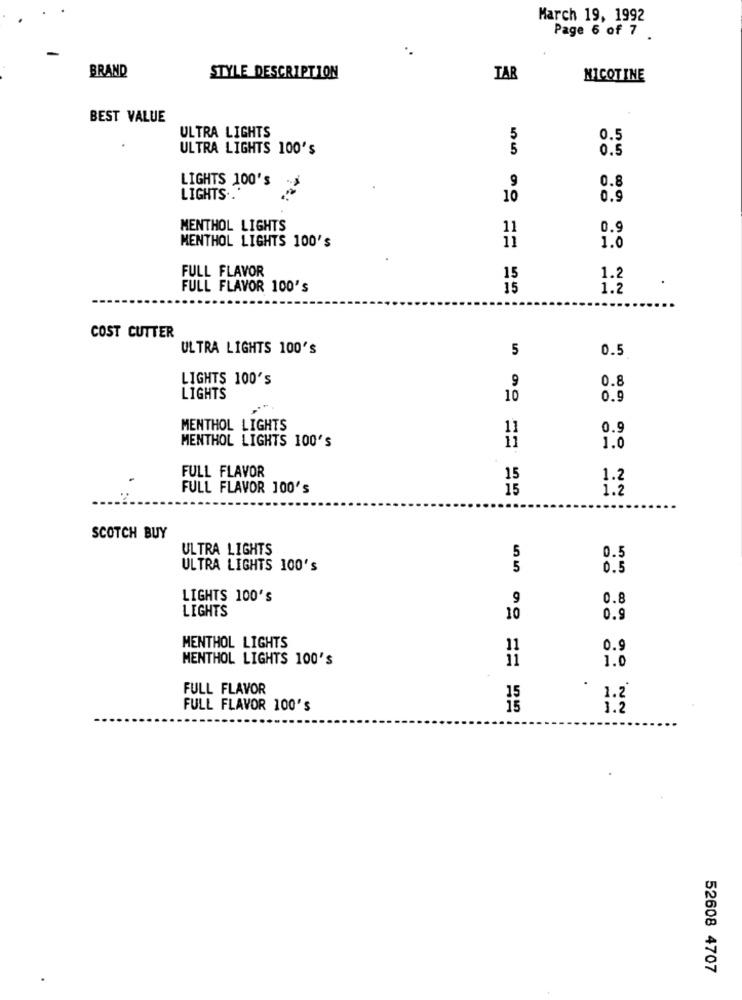
March 19, 1992
Page 6 of 7 .
BRAND
STYLE DESCRIPTION
TAR
NICOTINE
BEST VALUE
ULTRA LIGHTS
5
0.5
ULTRA LIGHTS 100's
5
0.5
LIGHTS 100's
9
0.8
LIGHTS ..
10
0.9
MENTHOL LIGHTS
11
0.9
MENTHOL LIGHTS 100's
11
1.0
FULL FLAVOR
15
1.2
.
FULL FLAVOR 100's
15
1.2
COST CUTTER
ULTRA LIGHTS 100'S
5
0.5
LIGHTS 100's
9
0.8
LIGHTS
10
0.9
MENTHOL LIGHTS
11
0.9
MENTHOL LIGHTS 100'S
1.0
FULL FLAVOR
15
1.2
FULL FLAVOR 100's
15
1.2
SCOTCH BUY
ULTRA LIGHTS
5
0.5
ULTRA LIGHTS 100's
5
0.5
LIGHTS 100'S
9
0.8
LIGHTS
10
0.9
MENTHOL LIGHTS
11
0.9
MENTHOL LIGHTS 100's
11
1.0
FULL FLAVOR
15
1.2
FULL FLAVOR 100's
1.2
52608 4707